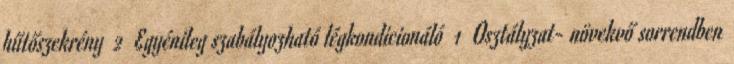
hűtőszekrény 2 Egyénileg szabályozható légkondicionáló 1 Osztályzat- növekvő sorrendben